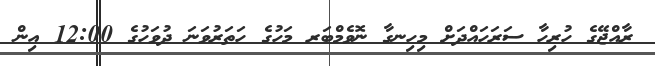
ރާއްޖޭގެ ހުރިހާ ސަރަހައްދަށް މިހިނގާ ނޮވެމްބަރ މަހުގެ ހަތަރުވަނަ ދުވަހުގެ 12:00 އިން